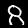
Digit: 8